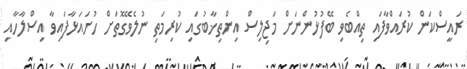
ރައީސްކަން ކުރައްވާފައި ތިއްބެވި ބޭފުޅުންނަށް މަޖިލިސް އިންތިޚާބުގައި ކުރިމަތި ނުލެވޭގޮތަށް ހުށައަޅާފައިވާ އިސްލާހާއި